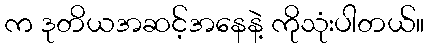
က ဒုတိယအဆင့်အနေနဲ့ ကိုသုံးပါတယ်။